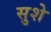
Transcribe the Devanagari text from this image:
सुशे